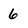
Character: 6